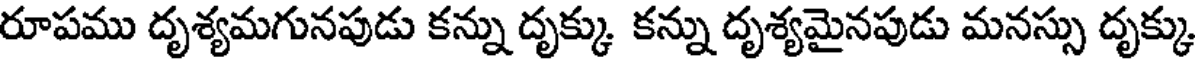
రూపము దృశ్యమగునపుడు కన్ను దృక్కు కన్ను దృశ్యమైనపుడు మనస్సు దృక్కు